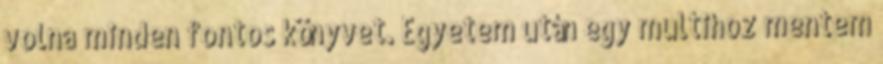
volna minden fontos könyvet. Egyetem után egy multihoz mentem